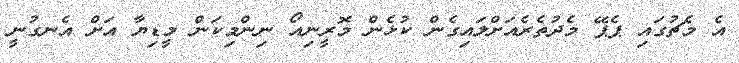
އެ މެޗުގައި ޕެޕޭ މެދުތެރެއަށްލައިގެން ކުޅެން މޮރީނިއޯ ނިންމިކަން މީޑިޔާ އަށް އެނގުނީ